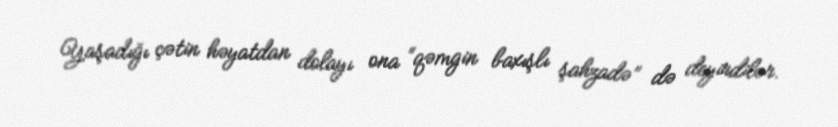
Yaşadığı çətin həyatdan dolayı ona “qəmgin baxışlı şahzadə” də deyirdilər.